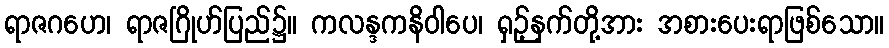
ရာဇဂဟေ၊ ရာဇဂြိုဟ်ပြည်၌။ ကလန္ဒကနိဝါပေ၊ ရှဉ့်နက်တို့အား အစားပေးရာဖြစ်သော။